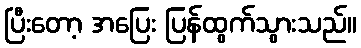
ပြီးတော့ အပြေး ပြန်ထွက်သွားသည်။